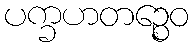
ပက္ခဟတဉ္စေဝ